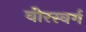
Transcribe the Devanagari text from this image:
वीरस्वर्ग